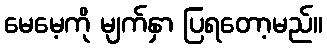
မေမေ့ကို မျက်နှာ ပြရတော့မည်။